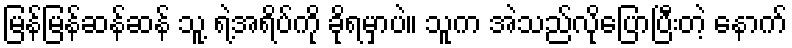
မြန်မြန်ဆန်ဆန် သူ့ ရဲ့အရိပ်ကို ခိုရမှာပဲ။ သူက အဲသည်လိုပြောပြီးတဲ့ နောက်